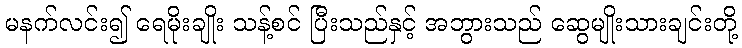
မနက်လင်း၍ ရေမိုးချိုး သန့်စင် ပြီးသည်နှင့် အဘွားသည် ဆွေမျိုးသားချင်းတို့